65_HS1-834228961_62-HQ-83894_Section_7
Agency: FBI
Page 122
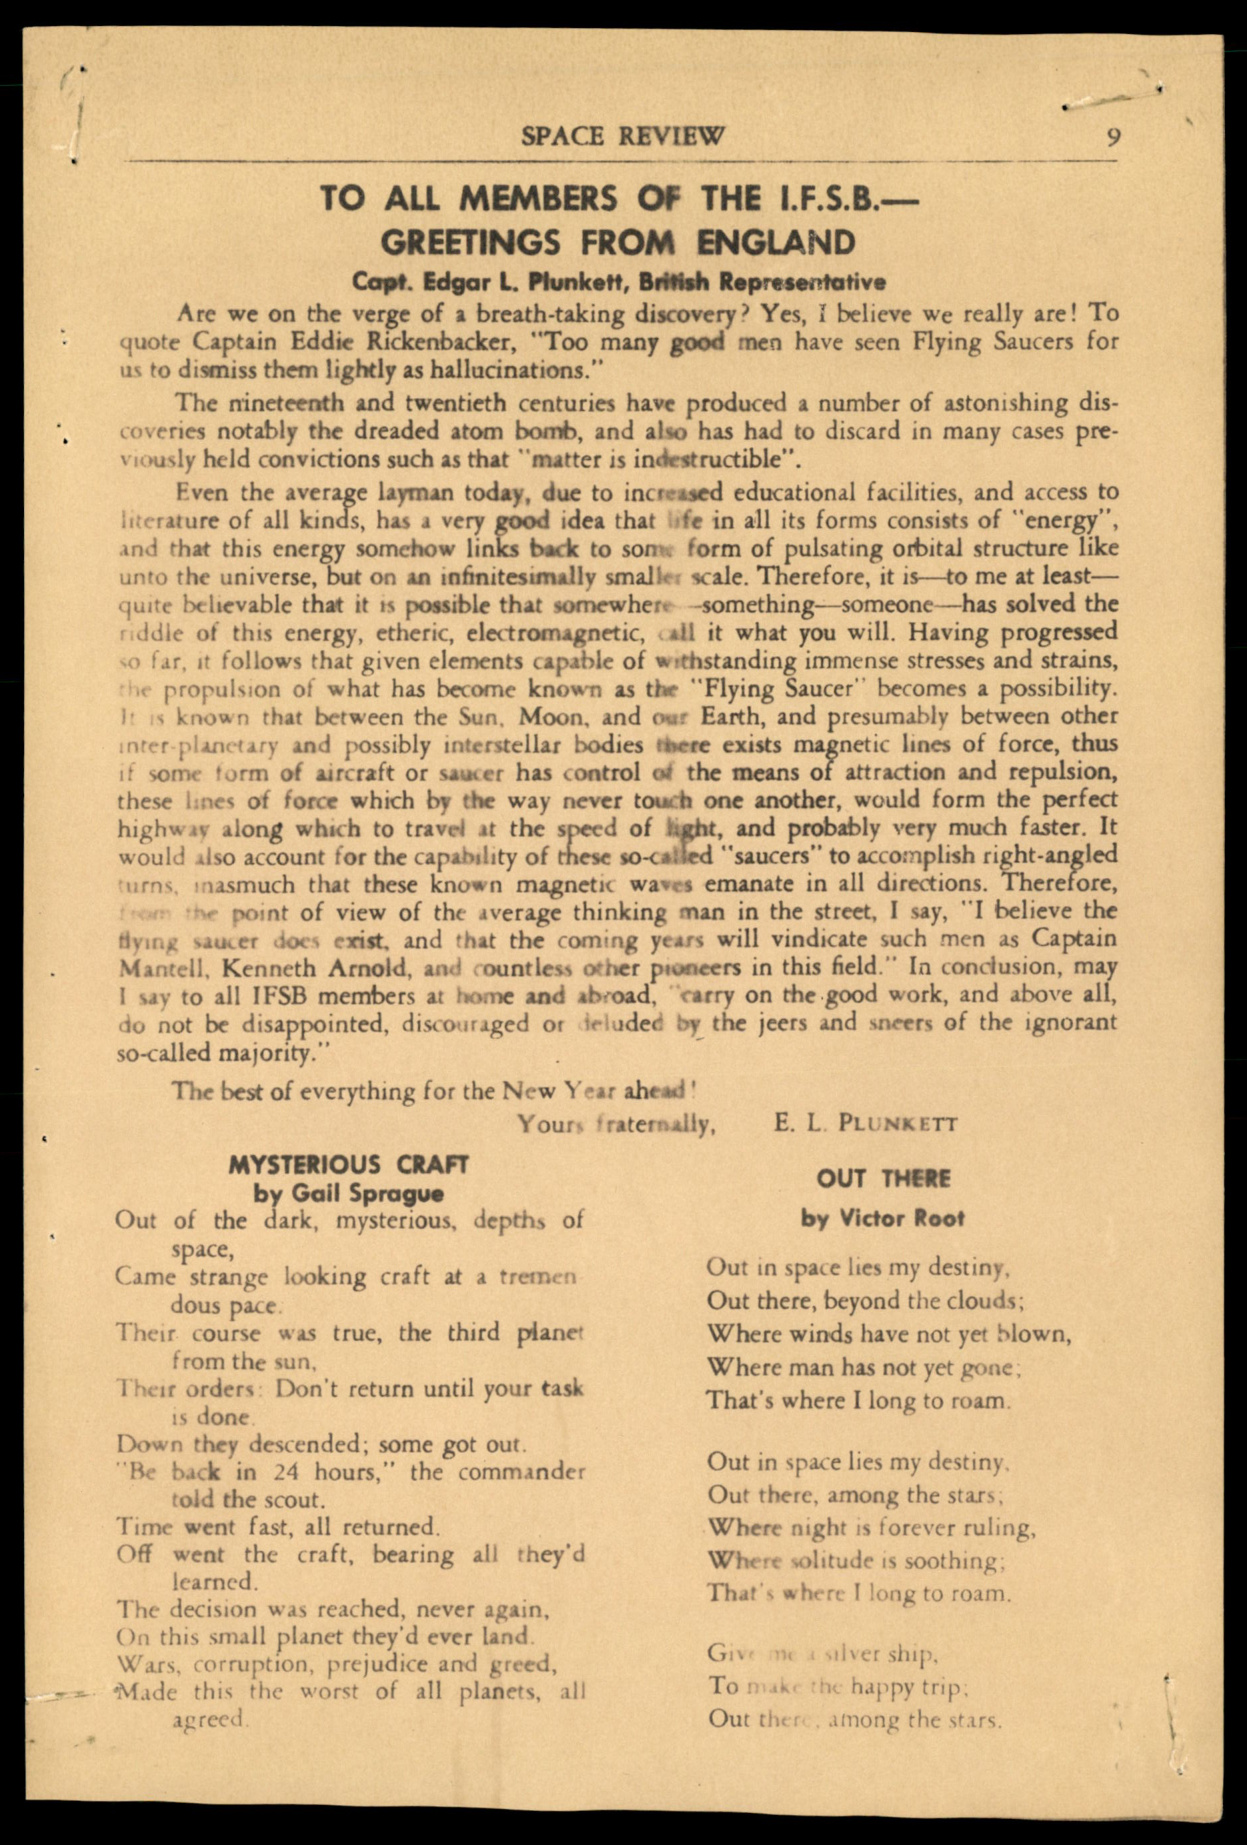